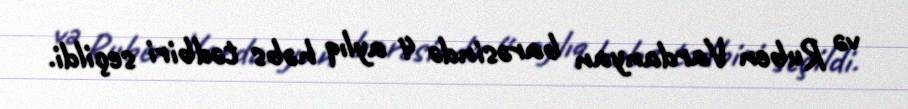
və Ruben Vardanyan barəsində 4 aylıq həbs tədbiri seçildi.